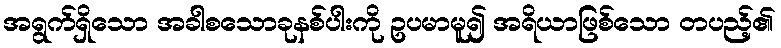
အရွက်ရှိသော အခါစသောခုနစ်ပါးကို ဥပမာမူ၍ အရိယာဖြစ်သော တပည့်၏